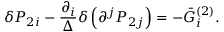
\delta P _ { 2 i } - \frac { \partial _ { i } } \Delta \delta \left( \partial ^ { j } P _ { 2 j } \right) = - \bar { G } _ { i } ^ { ( 2 ) } .